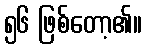
၅၆ ဖြစ်တော့၏။